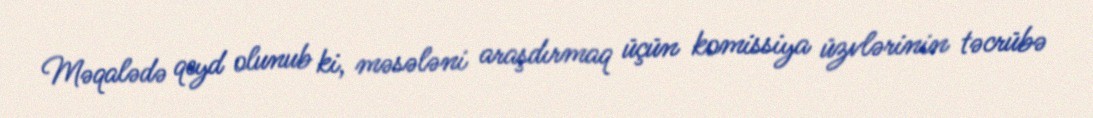
Məqalədə qeyd olunub ki, məsələni araşdırmaq üçün komissiya üzvlərinin təcrübə